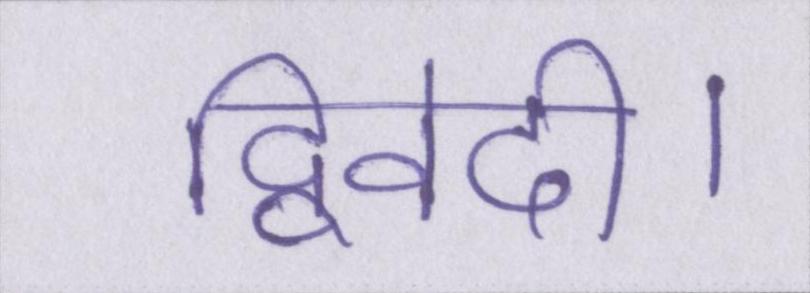
द्विवेदी।